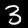
Label: 3